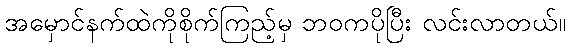
အမှောင်နက်ထဲကိုစိုက်ကြည့်မှ ဘဝကပိုပြီး လင်းလာတယ်။